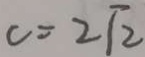
c = 2 \sqrt { 2 }